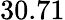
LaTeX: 30.71